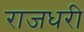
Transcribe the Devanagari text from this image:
राजधरी